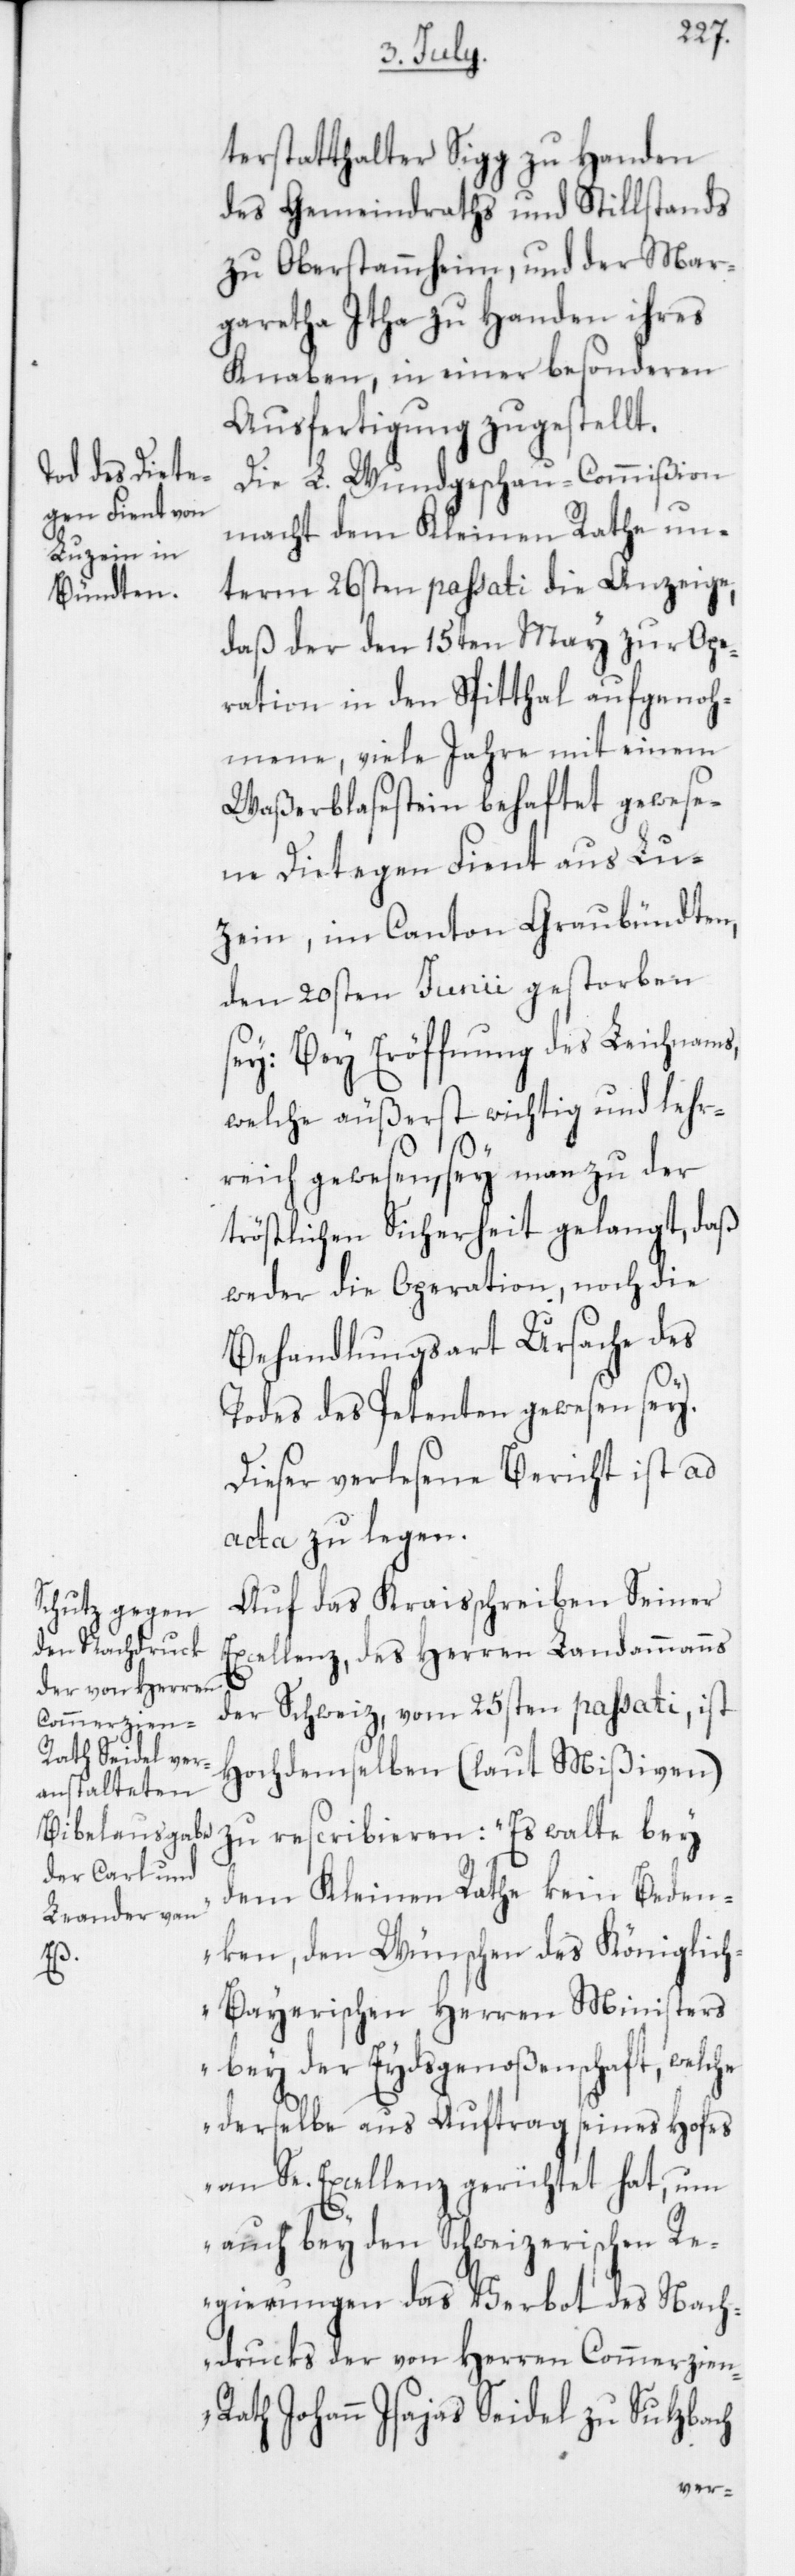
terstatthalter Sigg zu Handen
des Gemeindraths und Stillstands
zu Oberstammheim, und der Mar¬
garetha Itha zu Handen ihres
Knaben, in einer besonderen
Ausfertigung zugestellt.
Die L. Wundgeschau-Commißion
macht dem Kleinen Rath un¬
term 26sten passati die Anzeige,
daß der den 15ten May zur Ope¬
ration in den Spitthal aufgenoh¬
mene, viele Jahre mit einem
Waßerblasestein behaftet gewese¬
ne Dietegen Fient aus Lu¬
zein im Canton Graubündten,
den 20sten Junii gestorben
sey. Bey Eröffnung des Leichnams,
welche äußerst wichtig und lehr¬
reich gewesen, sey man zu der
tröstlichen Sicherheit gelangt, daß
weder die Operation noch die
Behandlungsart Ursache des
Todes des Petenten gewesen sey.
Dieser verlesene Bericht ist ad
acta zu legen.
Auf das Kraisschreiben Seiner
Excellenz, des Herren Landammanns
der Schweiz vom 25sten passati, ist
Hochdemselben (laut Mißiven)
zu rescribieren: „Es walte bey
dem Kleinen Rathe kein Beden¬
ken, den Wünschen des Königlic¬
h-Bayerischen Herren Ministers
bey der Eydsgenoßenschaft, welche
derselbe aus Auftrag seines Hofes
an Se. Excellenz gerichtet hat, um
auch bey den Schweizerischen Re¬
gierungen das Verbot des Nach¬
drucks der von Herren Commerzie¬
n-Rath Johann Isaias Seidel zu Sulzbach